Scottish Leaving Certificate Examination, 1959
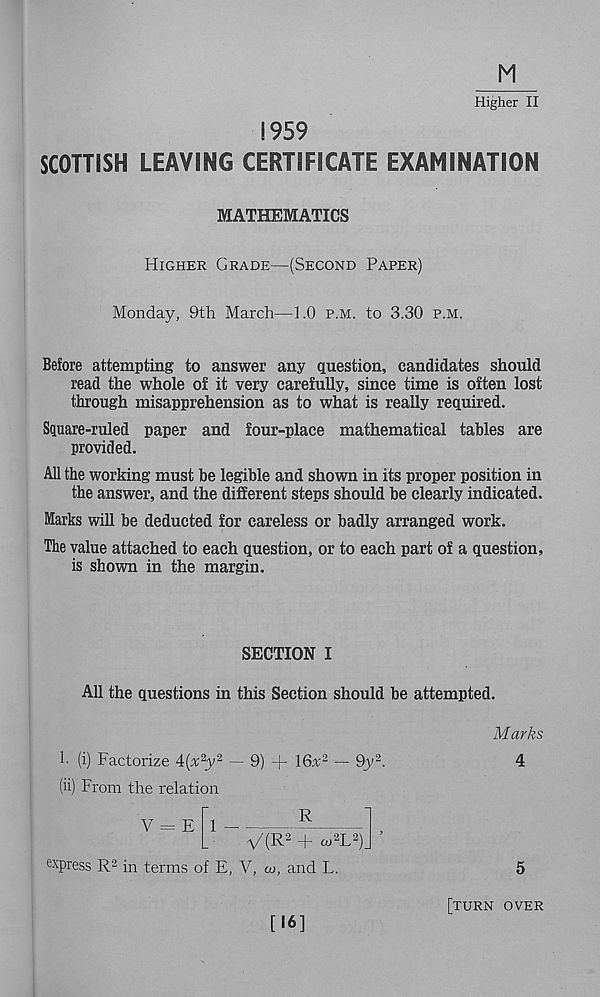
Higher II
1959
SCOTTISH LEAVING CERTIFICATE EXAMINATION
MATHEMATICS
Higher Grade—(Second Paper)
Monday, 9th March—1.0 p.m. to 3.30 p.m.
Before attempting to answer any question, candidates should
read the whole of it very carefully, since time is often lost
through misapprehension as to what is really required.
Square-ruled paper and four-place mathematical tables are
provided.
All the working must be legible and shown in its proper position in
the answer, and the different steps should be clearly indicated.
Marks will be deducted for careless or badly arranged work.
The value attached to each question, or to each part of a question,
is shown in the margin.
SECTION I
All the questions in this Section should be attempted.
!• (i) Factorize 4(x 2 y 2 — 9) + 16a: 2 — 9y 2 .
(ii) From the relation
Marks
4
express R 2 in terms of E, V, co, and L.
5
[turn over
[16]